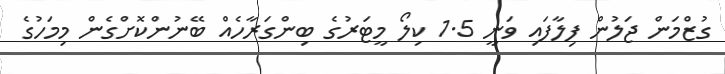
ގުޒްމަން ޖަލުން ފިލާފައި ވަނީ 1.5 ކިލޯ މީޓަރުގެ ބިންގަރާހެއް ބޭނުންކޮށްގެން މިމަހުގެ